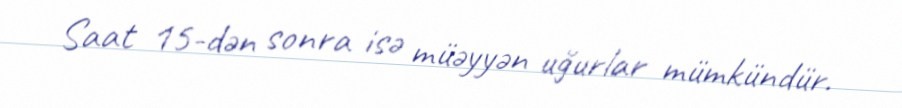
Saat 15-dən sonra isə müəyyən uğurlar mümkündür.